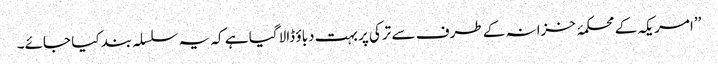
’’امریکہ کے محکمۂ خزانہ کے طرف سے ترکی پر بہت دباؤ ڈالا گیا ہے کہ یہ سلسلہ بند کیا جائے۔